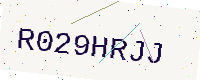
Text: R029HRJJ